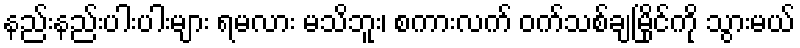
နည်းနည်းပါးပါးများ ရမလား မသိဘူး၊ စကားလက် ဝက်သစ်ချမြိုင်ကို သွားမယ်